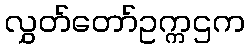
လွှတ်တော်ဥက္ကဌက